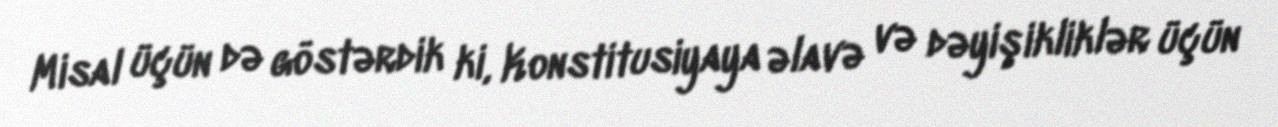
Misal üçün də göstərdik ki, Konstitusiyaya əlavə və dəyişikliklər üçün